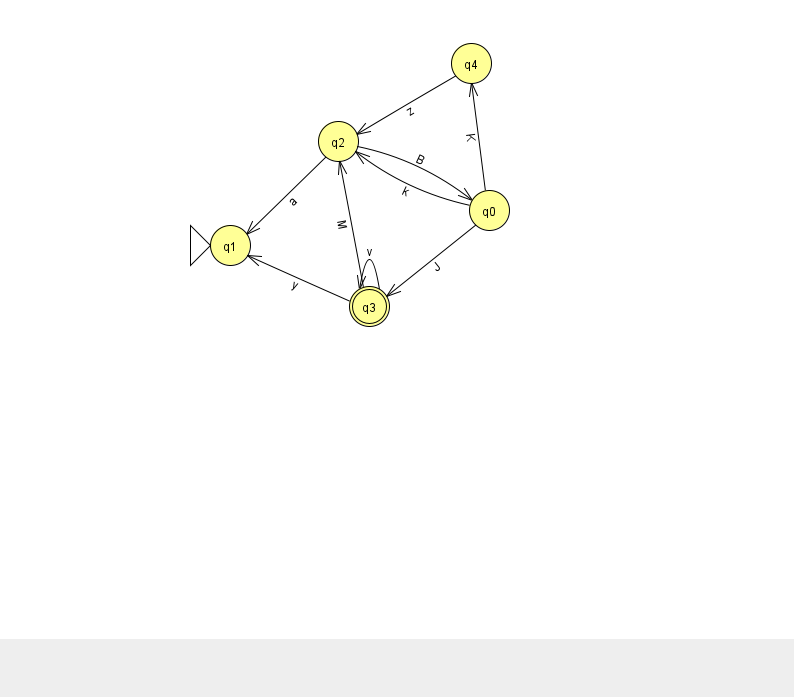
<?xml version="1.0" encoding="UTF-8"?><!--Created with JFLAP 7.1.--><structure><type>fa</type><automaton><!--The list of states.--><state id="0" name="q0"><x>489.0</x><y>197.0</y></state><state id="1" name="q1"><x>230.0</x><y>232.0</y><initial/></state><state id="2" name="q2"><x>338.0</x><y>128.0</y></state><state id="3" name="q3"><x>369.0</x><y>293.0</y><final/></state><state id="4" name="q4"><x>471.0</x><y>50.0</y></state><!--The list of transitions.--><transition><from>2</from><to>0</to><read>B</read></transition><transition><from>0</from><to>3</to><read>J</read></transition><transition><from>2</from><to>1</to><read>a</read></transition><transition><from>3</from><to>1</to><read>y</read></transition><transition><from>3</from><to>2</to><read>M</read></transition><transition><from>3</from><to>3</to><read>v</read></transition><transition><from>0</from><to>2</to><read>k</read></transition><transition><from>4</from><to>2</to><read>z</read></transition><transition><from>0</from><to>4</to><read>K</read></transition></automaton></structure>